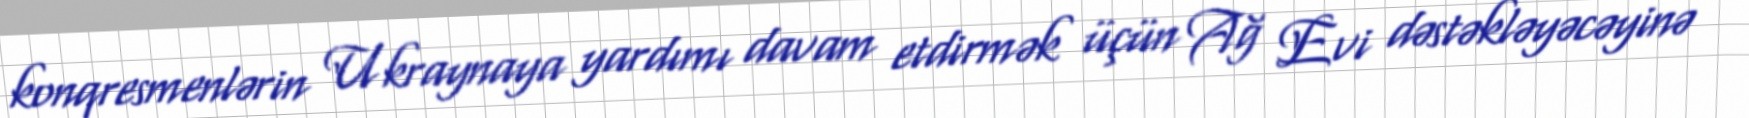
konqresmenlərin Ukraynaya yardımı davam etdirmək üçün Ağ Evi dəstəkləyəcəyinə